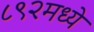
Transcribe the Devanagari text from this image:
८९२मध्ये